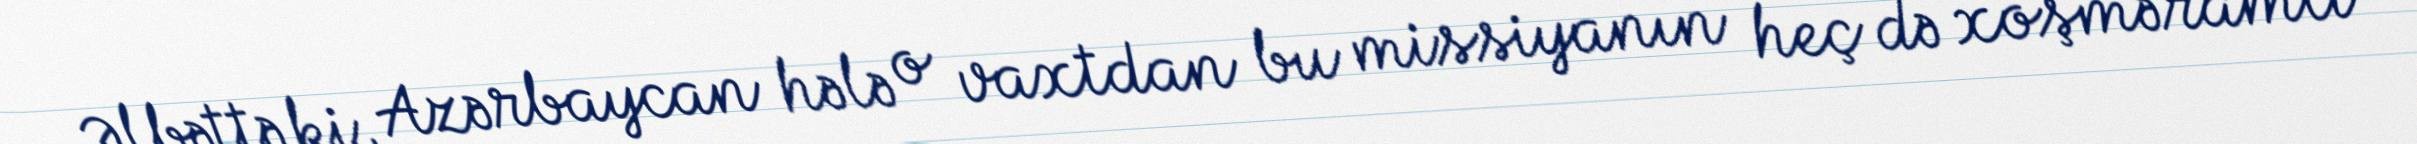
Əlbəttə ki, Azərbaycan hələ o vaxtdan bu missiyanın heç də xoşməramlı